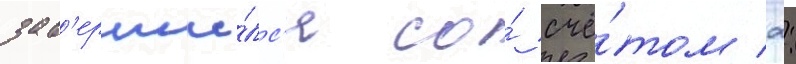
зав'ерши́лс'я со́ счё́том 2: